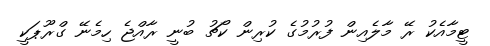
ޓީމާއެކު ރޭ މާލެއިން ފުރުމުގެ ކުރިން ކޯޗު ބުނީ ރާއްޖެ ހިމެނޭ ގްރޫޕަކީ